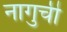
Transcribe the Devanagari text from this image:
नागुची